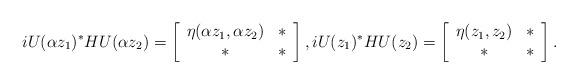
LaTeX: \begin{align*}iU(\alpha z_1)^{\ast}HU(\alpha z_2)=\left[\begin{array}{cc}\eta(\alpha z_1,\alpha z_2) & \ast\\\ast & \ast\end{array}\right],iU(z_1)^{\ast}HU( z_2)=\left[\begin{array}{cc}\eta(z_1,z_2) & \ast\\\ast & \ast\end{array}\right].\end{align*}